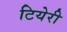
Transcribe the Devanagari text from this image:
टियेरी